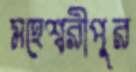
মহেশ্বরীপুর